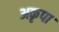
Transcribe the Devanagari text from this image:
अकृपा